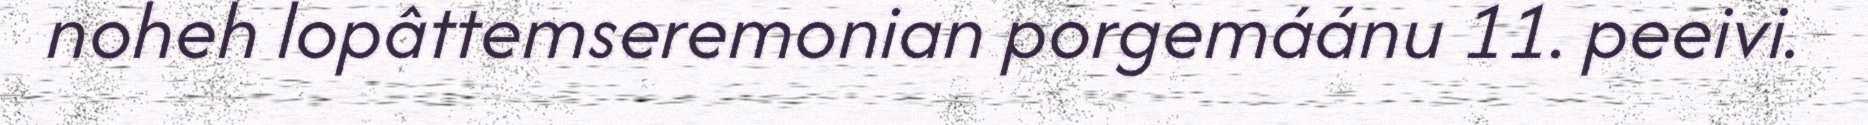
noheh lopâttemseremonian porgemáánu 11. peeivi.